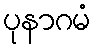
ပုနာဂမံ